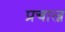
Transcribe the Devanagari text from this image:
प्रचाल्न